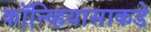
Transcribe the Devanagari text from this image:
कॉन्व्हियासाकडे